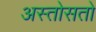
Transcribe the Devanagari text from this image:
अस्तोसतो